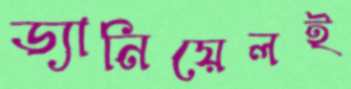
ড্যানিয়েলই